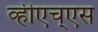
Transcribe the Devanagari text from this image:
व्हीएच्‌एस